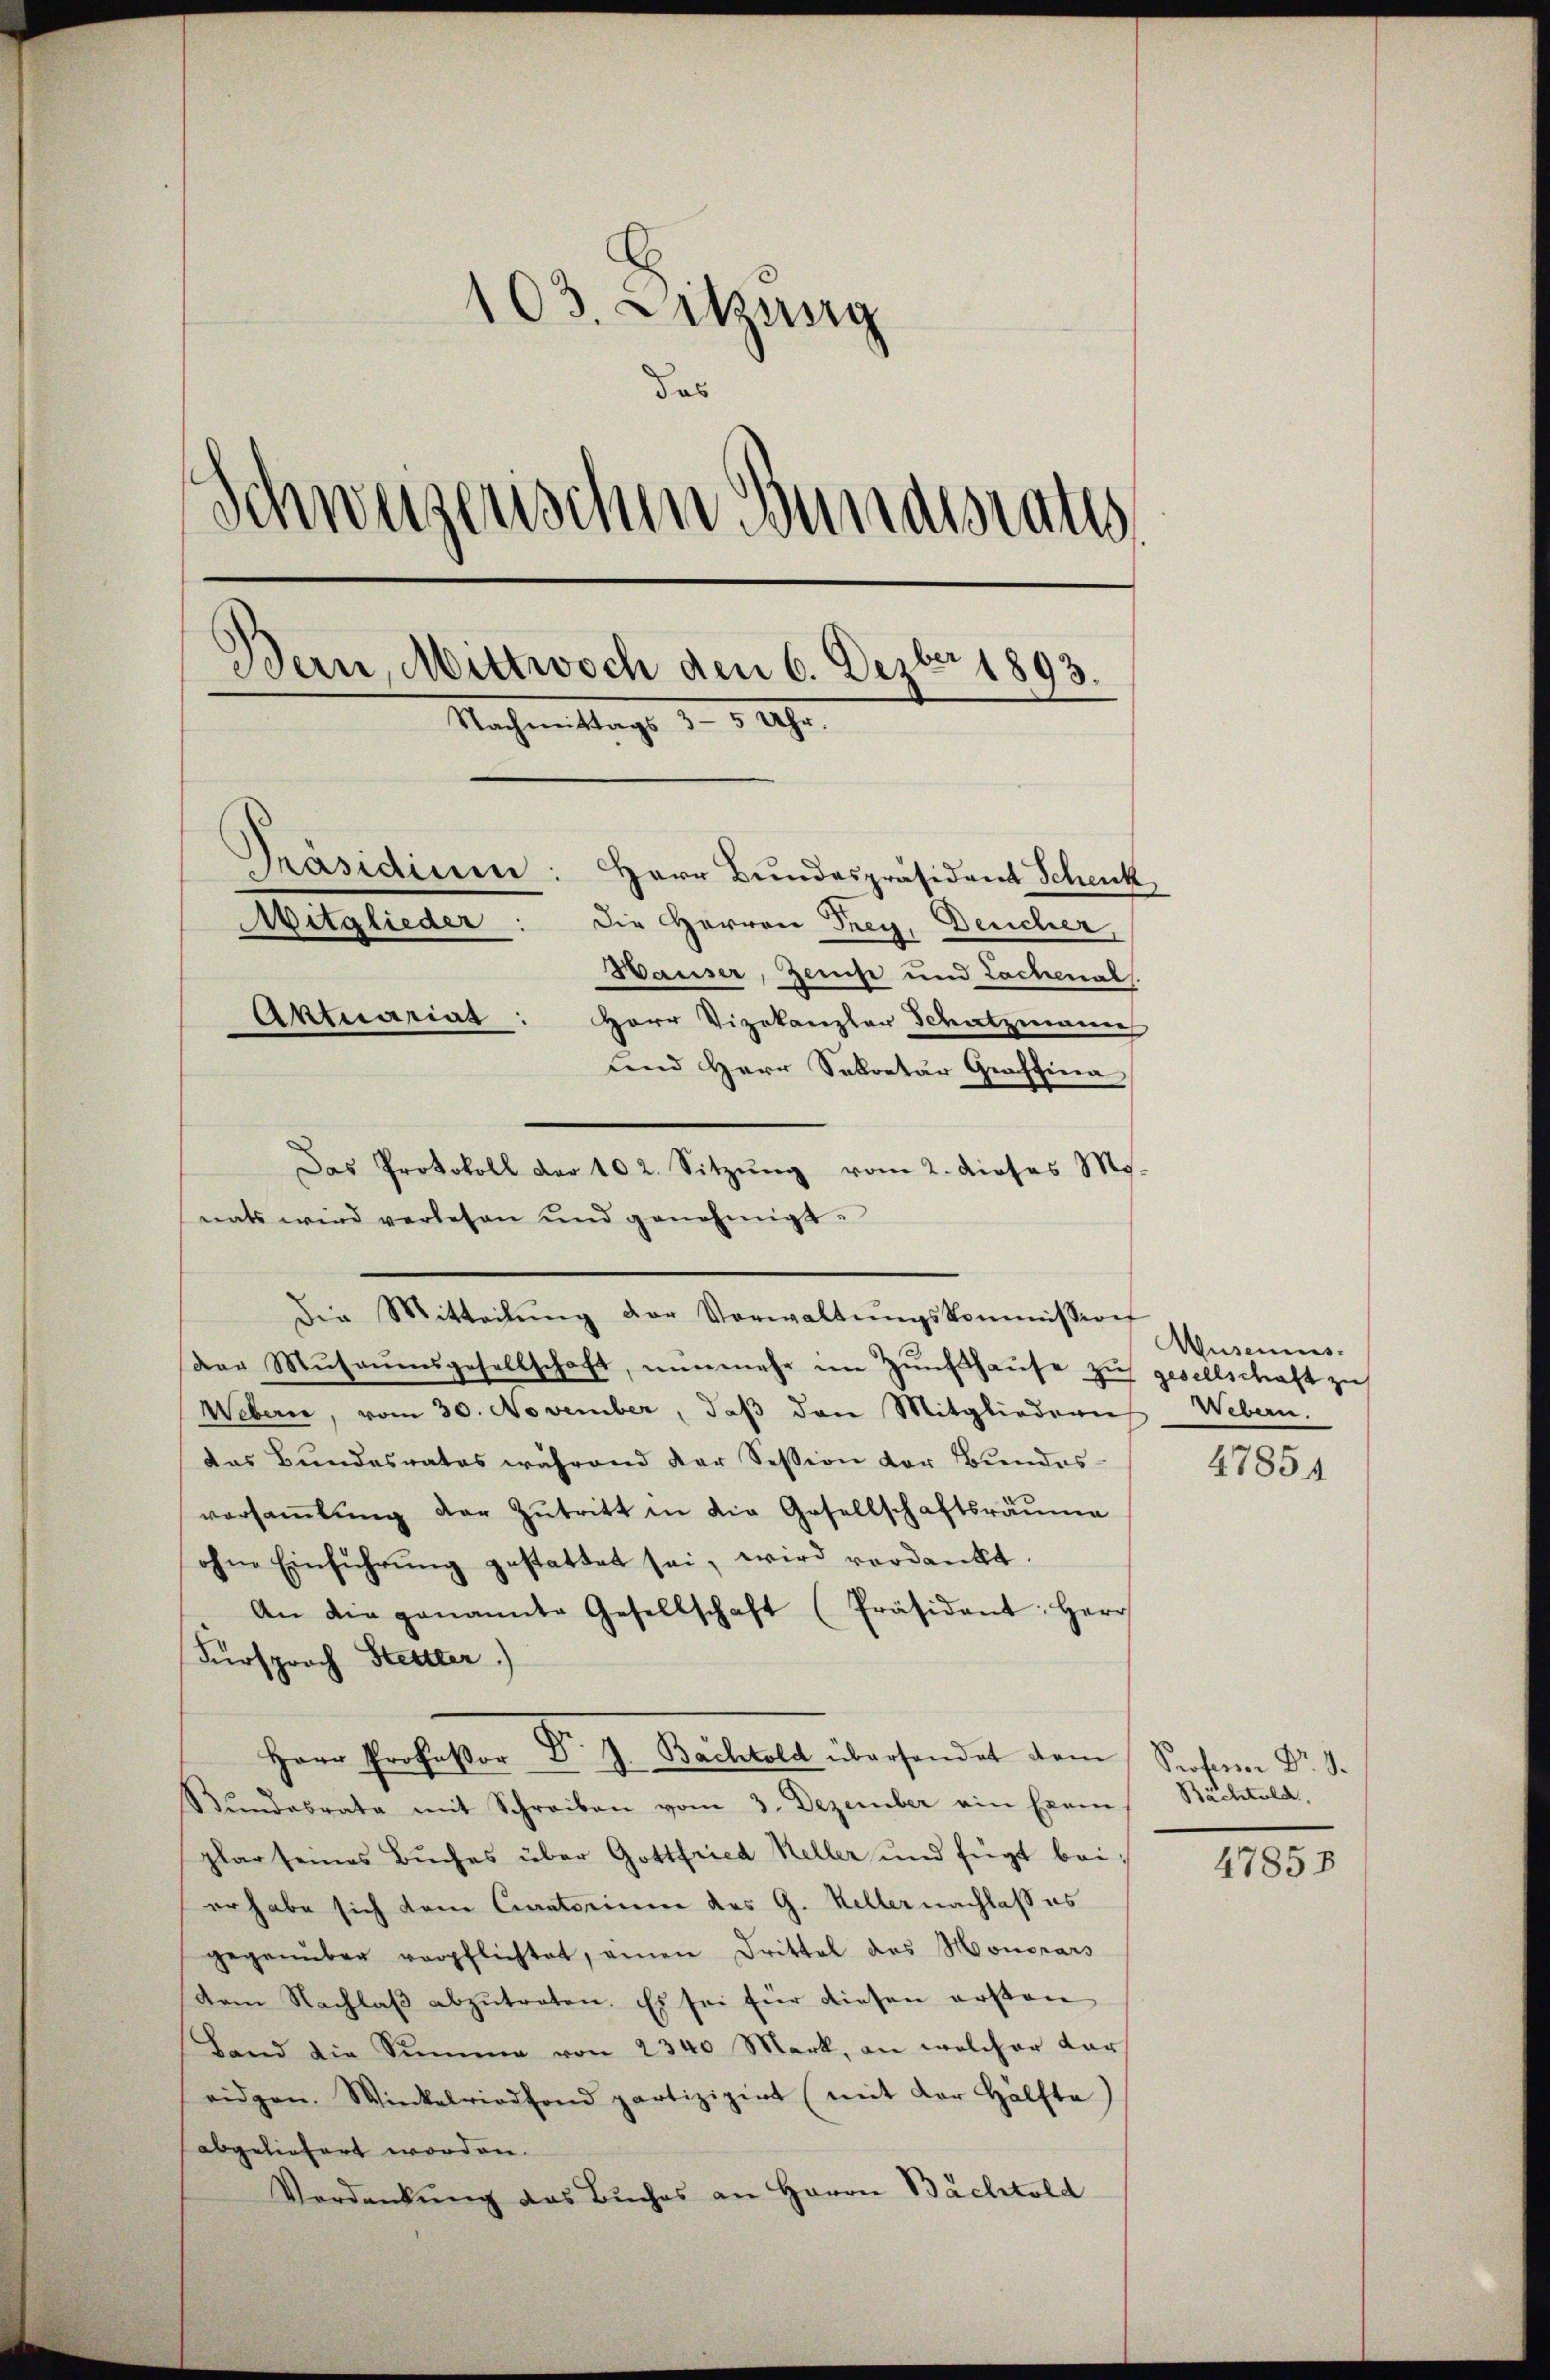
103. Sitzung
das
Schweizerischen Bundesrates
Bern, Mittwoch den 6. Dezbr 1893.
Nachmittags 3-5 Uhr
Präsidium: Herr Bundespräsident Schenk
Mitglieder: die Herren Frey, Deucher,
Hauser, Zeuise und Lachenal.
Aktuariat: Herr Vizekanzler Schatzmann
und Herr Sekretär Graffina

Das Protokoll der 102. Sitzŭng vom 2. dieses M.
nats wird verlesen und genehmigt.

Die Mitteilŭng der Vorwaltŭngskommission
Der Mŭsaŭmsgesellschaft, nŭnmehr im Zunfthaŭse zŭ gesellschaft zu
Webern, vom 30. November, daβ den Mitgliedern Webern.
des Bundesrates während der Session der Bundes
versammlung der Zutritt in die Gesellschaftsräume
ohne Einführŭng gestattet sei, wird verdankt.
An die genannte Gesellschaft (Präsident: Herr
Fürsprach Stettler.)
Herr Professor Dr. J. Bachtold überhandet dem Professor Dr. J.
Bŭndesrata mit Schreiben vom 3. Dezember ein Exam Bächtold,
plar seines Buches über Gottfried Keller und fügt bei:
er habe sich dem Curatorium des G. Kellernachlaß es
gegenüber verpflichtet, einen Drittel des Monorars
dem Nachlaβ abzŭtreten. Es sei für diesen ersten
Land die Summe von 2340 Mark, an welcher dar
eidgen. Winkelriedfond partizipirt (mit der Hälfte)
abgeliefert worden.
Verdankung das Buches an Herrn Bachtold

Wusemus.
47854

47858